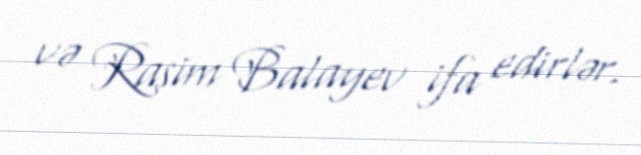
və Rasim Balayev ifa edirlər.